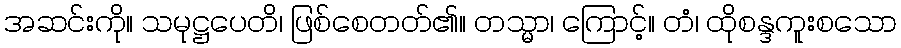
အဆင်းကို။ သမုဋ္ဌပေတိ၊ ဖြစ်စေတတ်၏။ တသ္မာ၊ ကြောင့်။ တံ၊ ထိုစန္ဒကူးစသော